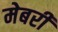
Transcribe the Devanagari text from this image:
मेबरी